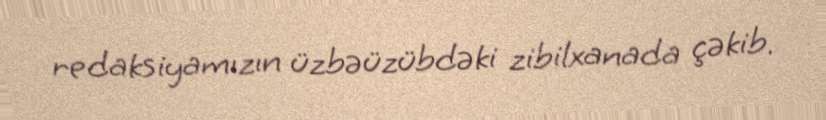
redaksiyamızın üzbəüzübdəki zibilxanada çəkib.